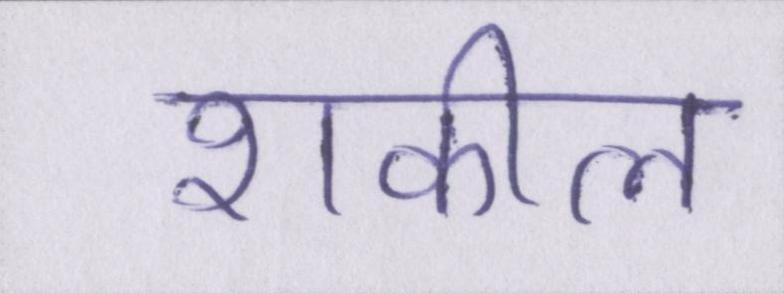
शकील